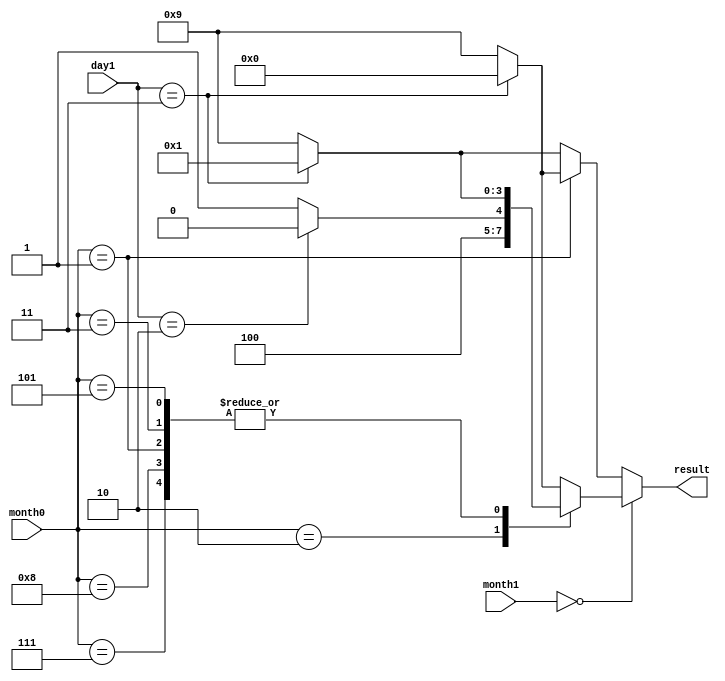
`timescale 1ns / 1ps
//////////////////////////////////////////////////////////////////////////////////
// Company: 
// Engineer: 
// 
// Design Name: 
// Module Name: selector1
// Project Name: 
// Target Devices: 
// Tool Versions: 
// Description: 
// 
// Dependencies: 
// 
// Revision:
// Revision 0.01 - File Created
// Additional Comments:
// 
//////////////////////////////////////////////////////////////////////////////////


module selector1(month1, month0, day1, result);
    input [3:0] month1;
    input [3:0] month0;
    input [3:0] day1;

    output [3:0] result;
    
    reg [3:0] result;
   
    always @* begin
        case(month1)
            4'd0: begin
                case(month0)
                    4'd1: begin  //january
                        if(day1 == 4'd3)
                            result = 4'd1;
                        else
                            result = 4'd9;
                    end
                    4'd2: begin  //febuary
                        if(day1 == 4'd2)
                            result = 4'd8;
                        else
                            result = 4'd9;
                    end
                    4'd3: begin  //march
                        if(day1 == 4'd3)
                            result = 4'd1;
                        else
                            result = 4'd9;
                    end
                    4'd4: begin  //april
                        if(day1 == 4'd3)
                            result = 4'd0;
                        else
                            result = 4'd9;
                    end
                    4'd5: begin  //may
                        if(day1 == 4'd3)
                            result = 4'd1;
                        else
                            result = 4'd9;    
                    end
                    4'd6: begin  //june
                        if(day1 == 4'd3)
                            result = 4'd0;
                        else
                            result = 4'd9;
                    end
                    4'd7: begin  //july
                        if(day1 == 4'd3)
                            result = 4'd1;
                        else
                            result = 4'd9;
                        end
                    4'd8: begin  //august
                        if(day1 == 4'd3)
                            result = 4'd1;
                        else
                            result = 4'd9;                        
                        end
                    default: begin  //september
                        if(day1 == 4'd3)
                            result = 4'd0;
                        else
                            result = 4'd9;
                    end
                endcase  //case(month0)
            end
            default: begin
                case(month0)
                    4'd0: begin  //october
                        if(day1 == 4'd3)
                            result = 4'd1;
                        else
                            result = 4'd9;
                    end
                    4'd1: begin  //november
                        if(day1 == 4'd3)
                            result = 4'd0;
                        else
                            result = 4'd9;
                    end
                    default: begin  //december
                        if(day1 == 4'd3)
                            result = 4'd1;
                        else
                            result = 4'd9;
                    end
                endcase  //case(month0)
            end            
        endcase  //case(month1)
    end
endmodule